system: You are a helpful assistant.
user:
Analyze the provided spectrum to determine if it is a **"Cataclysmic Variables (CV)"**.

- **Key Indicators for CV (Check for either state):**
    - **State 1: Quiescent / Low-State (Emission-Dominated)**
        - **(Primary):** Strong and *very broad* Hydrogen Balmer emission lines (e.g., $H\alpha$ at 6563 Å, $H\beta$ at 4861 Å). The 'broadness' (high velocity dispersion, often FWHM > 1000 km/s) is the key diagnostic, indicating a high-velocity accretion disk.
        - **(Secondary):** Broad neutral Helium (He I) emission lines (e.g., 5876 Å, 6678 Å).
        - **(Key Confirmation):** Presence of high-excitation *ionized* Helium (He II) emission at 4686 Å. This is a strong indicator of accretion onto a white dwarf.
        - **(Line Profile):** Emission lines may exhibit a 'double-peaked' profile, which is a classic signature of a rotating accretion disk viewed at high inclination.

    - **State 2: Outburst / High-State (Absorption-Dominated)**
        - **(Primary):** Spectrum is dominated by a bright, blue continuum (looks like a hot star).
        - **(Secondary):** The emission lines from State 1 are weak, absent, or 'filled in', and are replaced by broad, shallow *absorption* lines (primarily Balmer and He I).
        - **(Morphology):** The overall spectrum mimics a hot B/A-type star. The crucial difference is that the absorption lines are significantly broader, shallower, and more 'washed-out' (or 'smeared') than the sharp lines of a normal stellar photosphere, due to high rotational speeds and pressure broadening in the disk.

Think first, call **spectral_visualization_tool** if needed to examine features in detail, then provide your final answer. Your response must adhere to the following strict rules:
1.  **Overall Structure:** Your response must follow the format `<think>...</think> <tool_call>...</tool_call> (if a tool is used) <answer>...</answer>`.
2.  **Tool Usage Constraint:** You may only make **one** tool call per turn.
3.  **Final Answer Format:** In the `<answer>` tag, your conclusion must be inside a `\boxed{}` command (e.g., `\boxed{YES}`), followed by your justification.

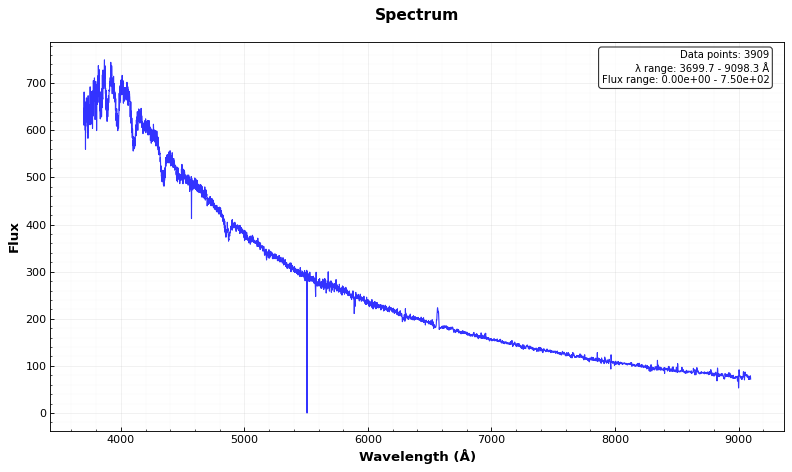
Answer: YES